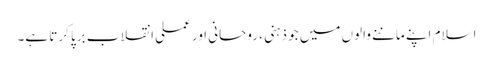
اسلام اپنے ماننے والوں میں جو ذہنی ، روحانی اور عملی انقلاب برپا کرتا ہے۔